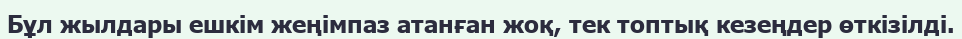
Бұл жылдары ешкім жеңімпаз атанған жоқ, тек топтық кезеңдер өткізілді.